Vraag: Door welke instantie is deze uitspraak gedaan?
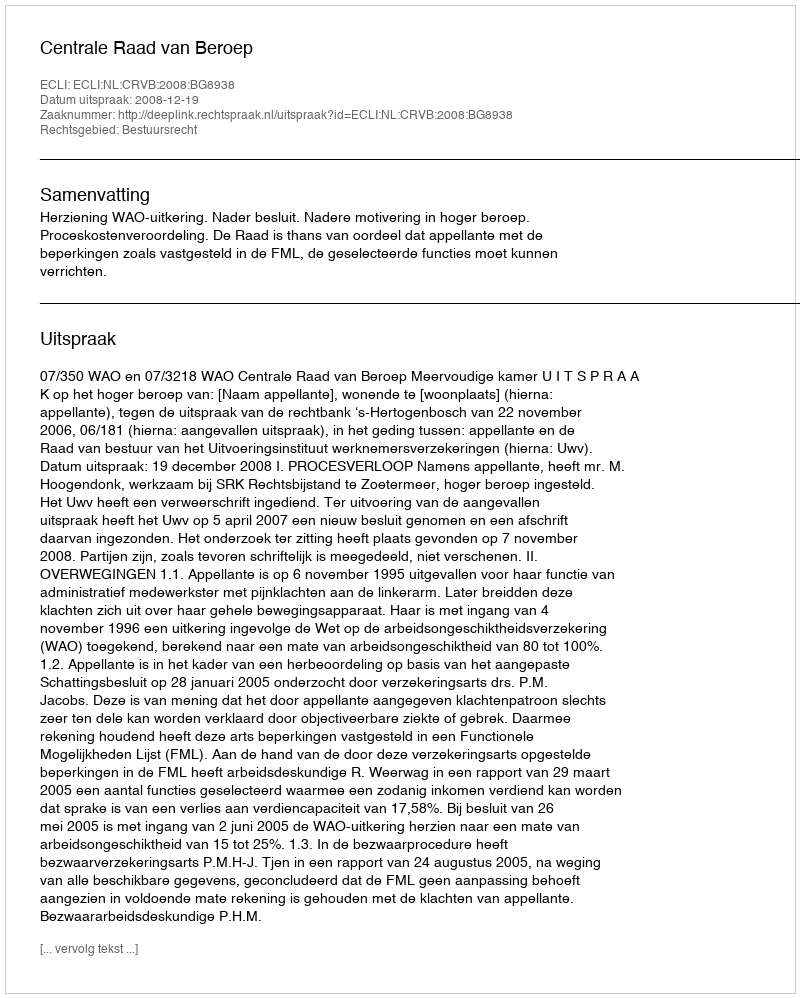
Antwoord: Centrale Raad van Beroep